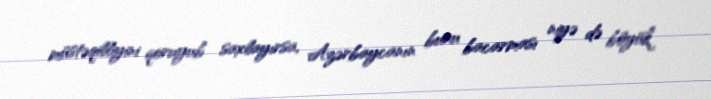
müstəqilliyini qoruyub saxlayırsa, Azərbaycanın bunu bacarması niyə də böyük